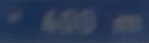
*400m